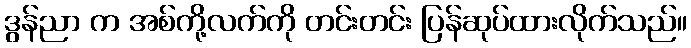
ဒွန်ညာ က အစ်ကို့လက်ကို တင်းတင်း ပြန်ဆုပ်ထားလိုက်သည်။